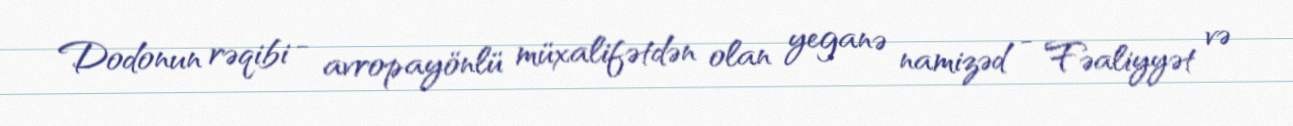
Dodonun rəqibi - avropayönlü müxalifətdən olan yeganə namizəd - Fəaliyyət və